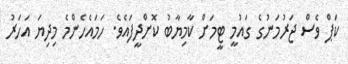
ކަޕް ވެސް ޖަރުމަނުގެ ގައުމީ ޓީމަށް ކާމިޔާބު ކޮށްދީފައެވެ. ހަމައެހެންމެ މިދިޔަ އަހަރު